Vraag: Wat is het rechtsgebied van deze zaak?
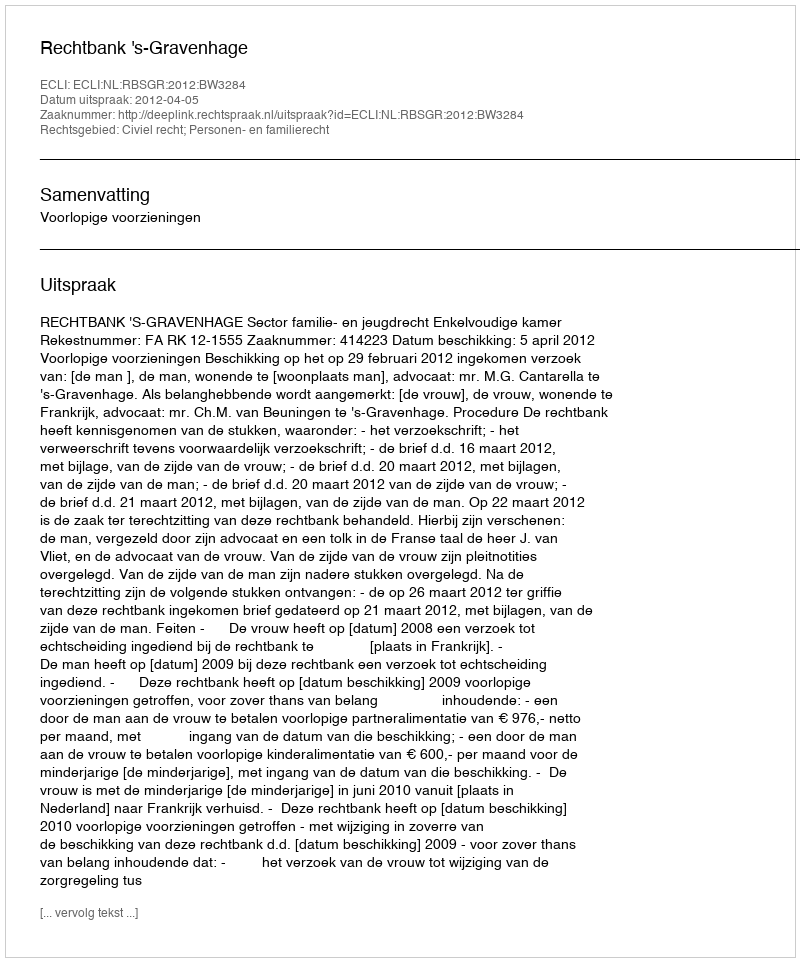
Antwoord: Civiel recht; Personen- en familierecht